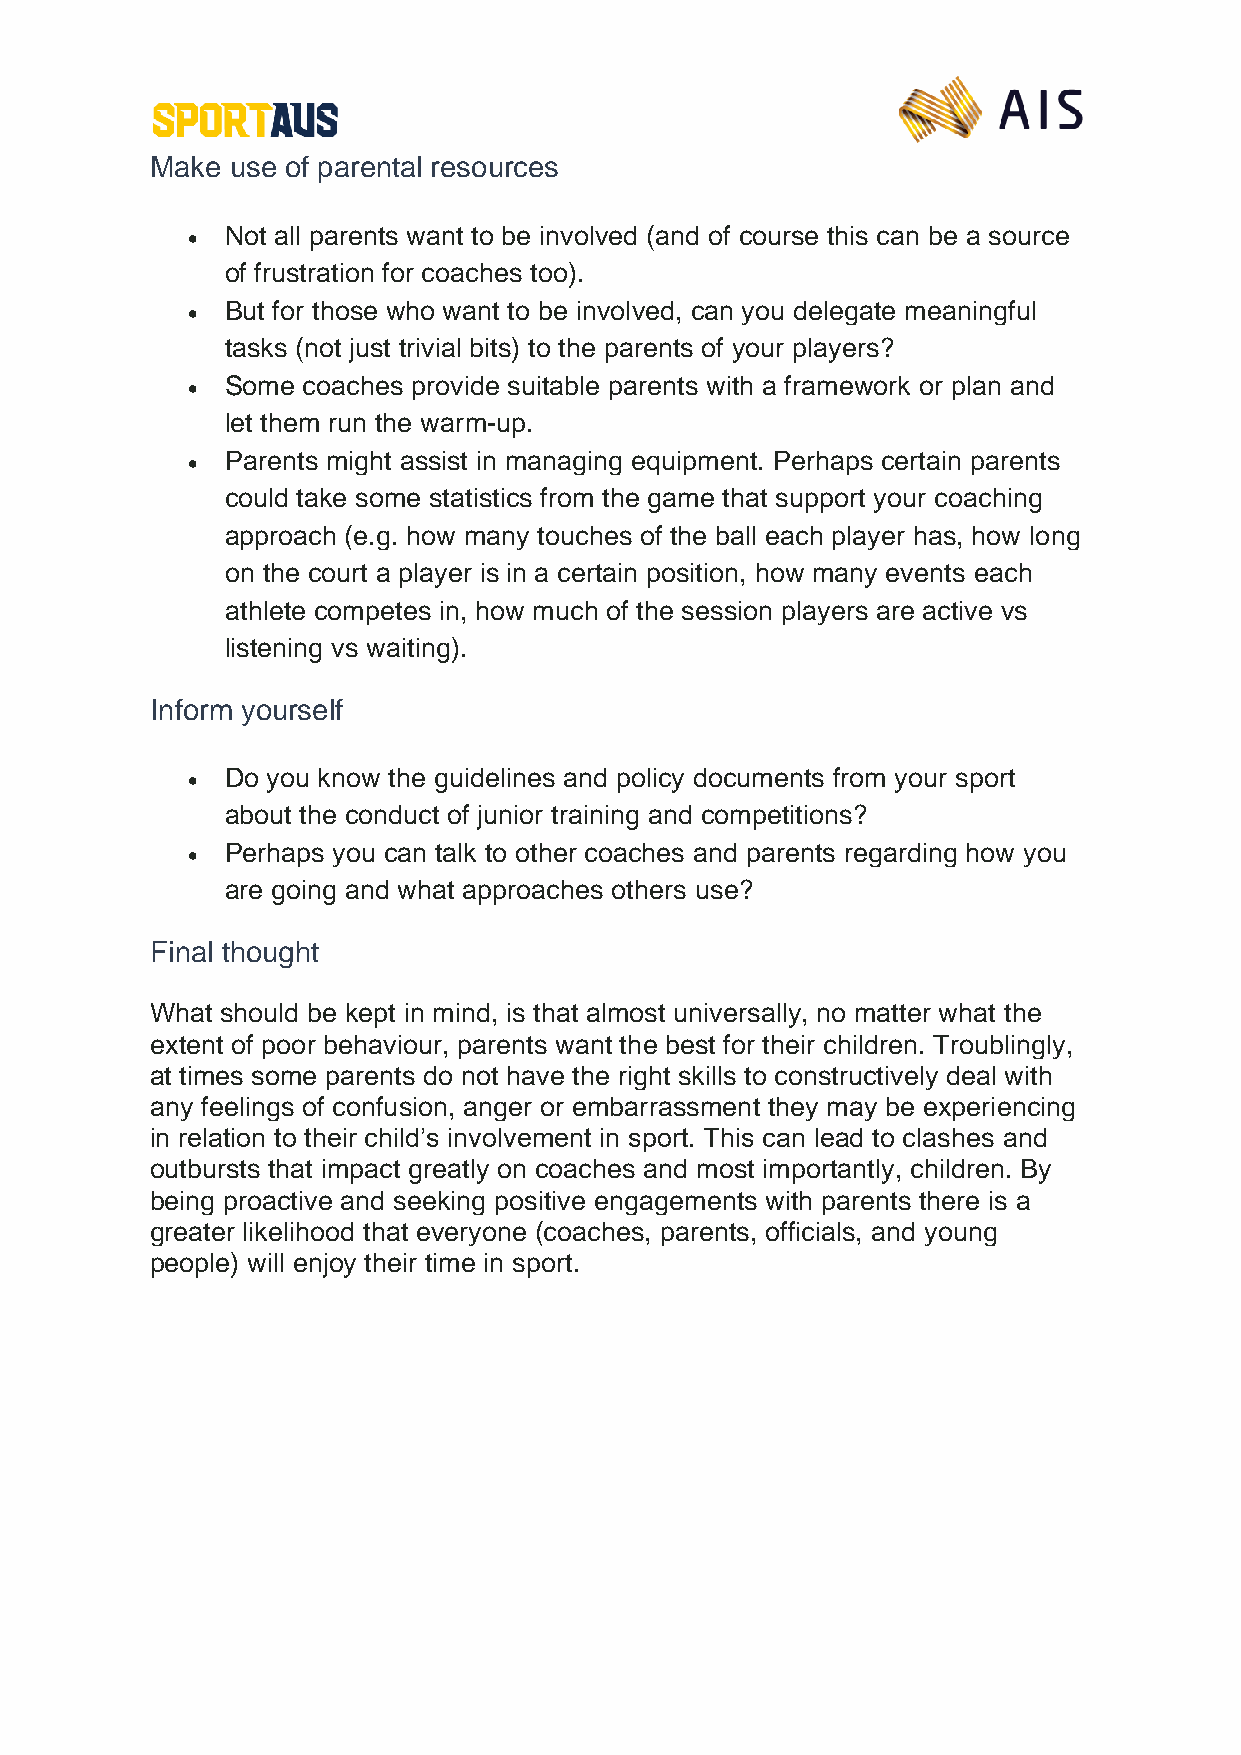
Make use of parental resources
 •  Not all parents want to be involved (and of course this can be a source
 of frustration for coaches too).
 •  But for those who want to be involved, can you delegate meaningful
 tasks (not just trivial bits) to the parents of your players?
 •  Some coaches provide suitable parents with a framework or plan and
 let them run the warm-up.
 •  Parents might assist in managing equipment. Perhaps certain parents
 could take some statistics from the game that support your coaching
 approach (e.g. how many touches of the ball each player has, how long
 on the court a player is in a certain position, how many events each
 athlete competes in, how much of the session players are active vs
 listening vs waiting).
 Inform yourself
 •  Do you know the guidelines and policy documents from your sport
 about the conduct of junior training and competitions?
 •  Perhaps you can talk to other coaches and parents regarding how you
 are going and what approaches others use?
 Final thought
 What should be kept in mind, is that almost universally, no matter what the
 extent of poor behaviour, parents want the best for their children. Troublingly,
 at times some parents do not have the right skills to constructively deal with
 any feelings of confusion, anger or embarrassment they may be experiencing
 in relation to their child’s involvement in sport. This can lead to clashes and
 outbursts that impact greatly on coaches and most importantly, children. By
 being proactive and seeking positive engagements with parents there is a
 greater likelihood that everyone (coaches, parents, officials, and young
 people) will enjoy their time in sport.